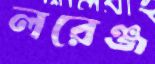
লরেঞ্জ